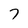
Character: 7